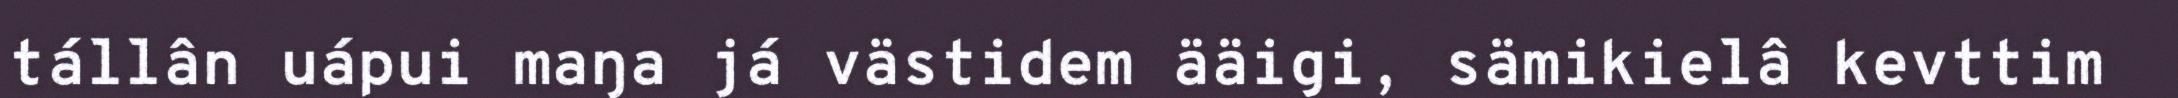
tállân uápui maŋa já västidem ääigi, sämikielâ kevttim